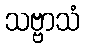
သဗ္ဗာသံ